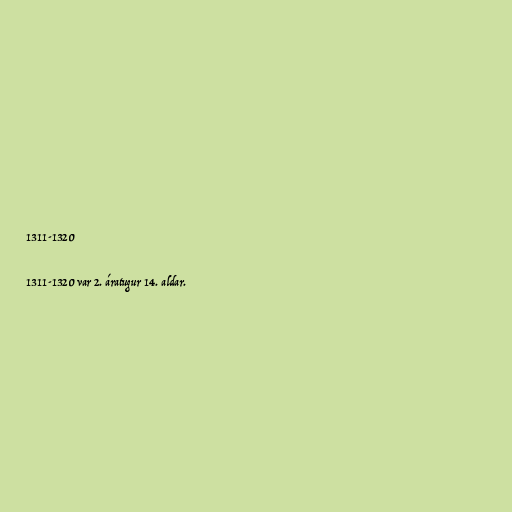
1311-1320

1311-1320 var 2. áratugur 14. aldar.